Civil Veterinary Department Bihar & Orissa reports 1929-36 - 1929-1936
Year: 1929
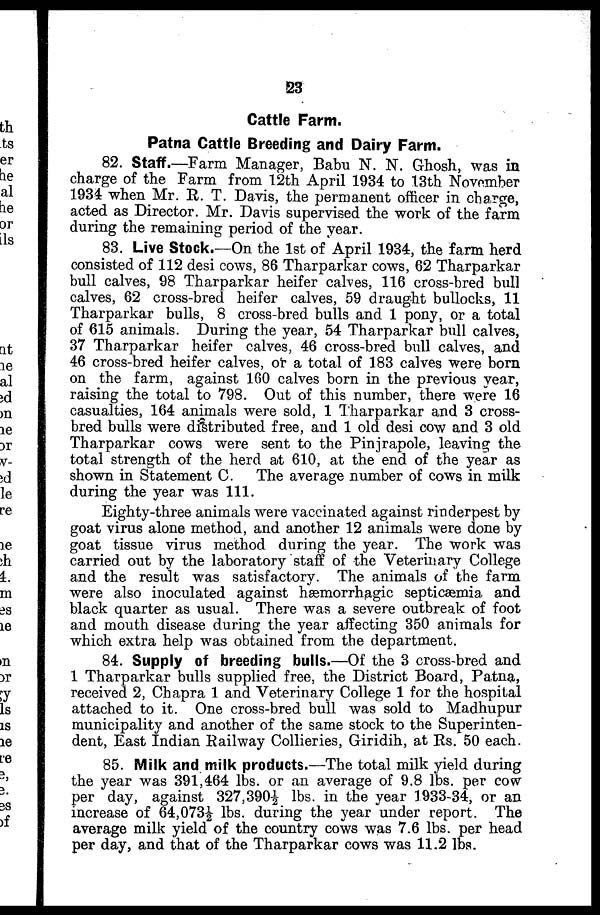
23
Cattle Farm.
Patna Cattle Breeding and Dairy Farm.
82. Staff.—Farm Manager, Babu N. N. Ghosh, was in
charge of the Farm from 12th April 1934 to 13th November
1934 when Mr. R. T. Davis, the permanent officer in charge,
acted as Director. Mr. Davis supervised the work of the farm
during the remaining period of the year.
83. Live Stock.—On the 1st of April 1934, the farm herd
consisted of 112 desi cows, 86 Tharparkar cows, 62 Tharparkar
bull calves, 98 Tharparkar heifer calves, 116 cross-bred bull
calves, 62 cross-bred heifer calves, 59 draught bullocks, 11
Tharparkar bulls, 8 cross-bred bulls and 1 pony, or a total
of 615 animals. During the year, 54 Tharparkar bull calves,
37 Tharparkar heifer calves, 46 cross-bred bull calves, and
46 cross-bred heifer calves, or a total of 183 calves were born
on the farm, against 160 calves born in the previous year,
raising the total to 798. Out of this number, there were 16
casualties, 164 animals were sold, 1 Tharparkar and 3 cross-
bred bulls were distributed free, and 1 old desi cow and 3 old
Tharparkar cows were sent to the Pinjrapole, leaving the
total strength of the herd at 610, at the end of the year as
shown in Statement C. The average number of cows in milk
during the year was 111.
Eighty-three animals were vaccinated against rinderpest by
goat virus alone method, and another 12 animals were done by
goat tissue virus method during the year. The work was
carried out by the laboratory staff of the Veterinary College
and the result was satisfactory. The animals of the farm
were also inoculated against hæmorrhagic septicæmia and
black quarter as usual. There was a severe outbreak of foot
and mouth disease during the year affecting 350 animals for
which extra help was obtained from the department.
84. Supply of breeding bulls.—Of the 3 cross-bred and
1 Tharparkar bulls supplied free, the District Board, Patna,
received 2, Chapra 1 and Veterinary College 1 for the hospital
attached to it. One cross-bred bull was sold to Madhupur
municipality and another of the same stock to the Superinten-
dent, East Indian Railway Collieries, Giridih, at Rs. 50 each.
85. Milk and milk products.—The total milk yield during
the year was 391,464 lbs. or an average of 9.8 lbs. per cow
per day, against 327,390½ lbs. in the year 1933-34, or an
increase of 64,073½ lbs. during the year under report. The
average milk yield of the country cows was 7.6 lbs. per head
per day, and that of the Tharparkar cows was 11.2 lbs.